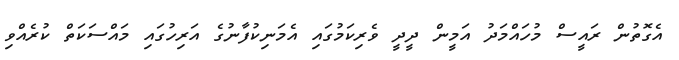
އެގޮތުން ރައީސް މުހައްމަދު އަމީން ދީދީ ވެރިކަމުގައި އެމަނިކުފާނުގެ އަރިހުގައި މައްސަކަތް ކުރެއްވި